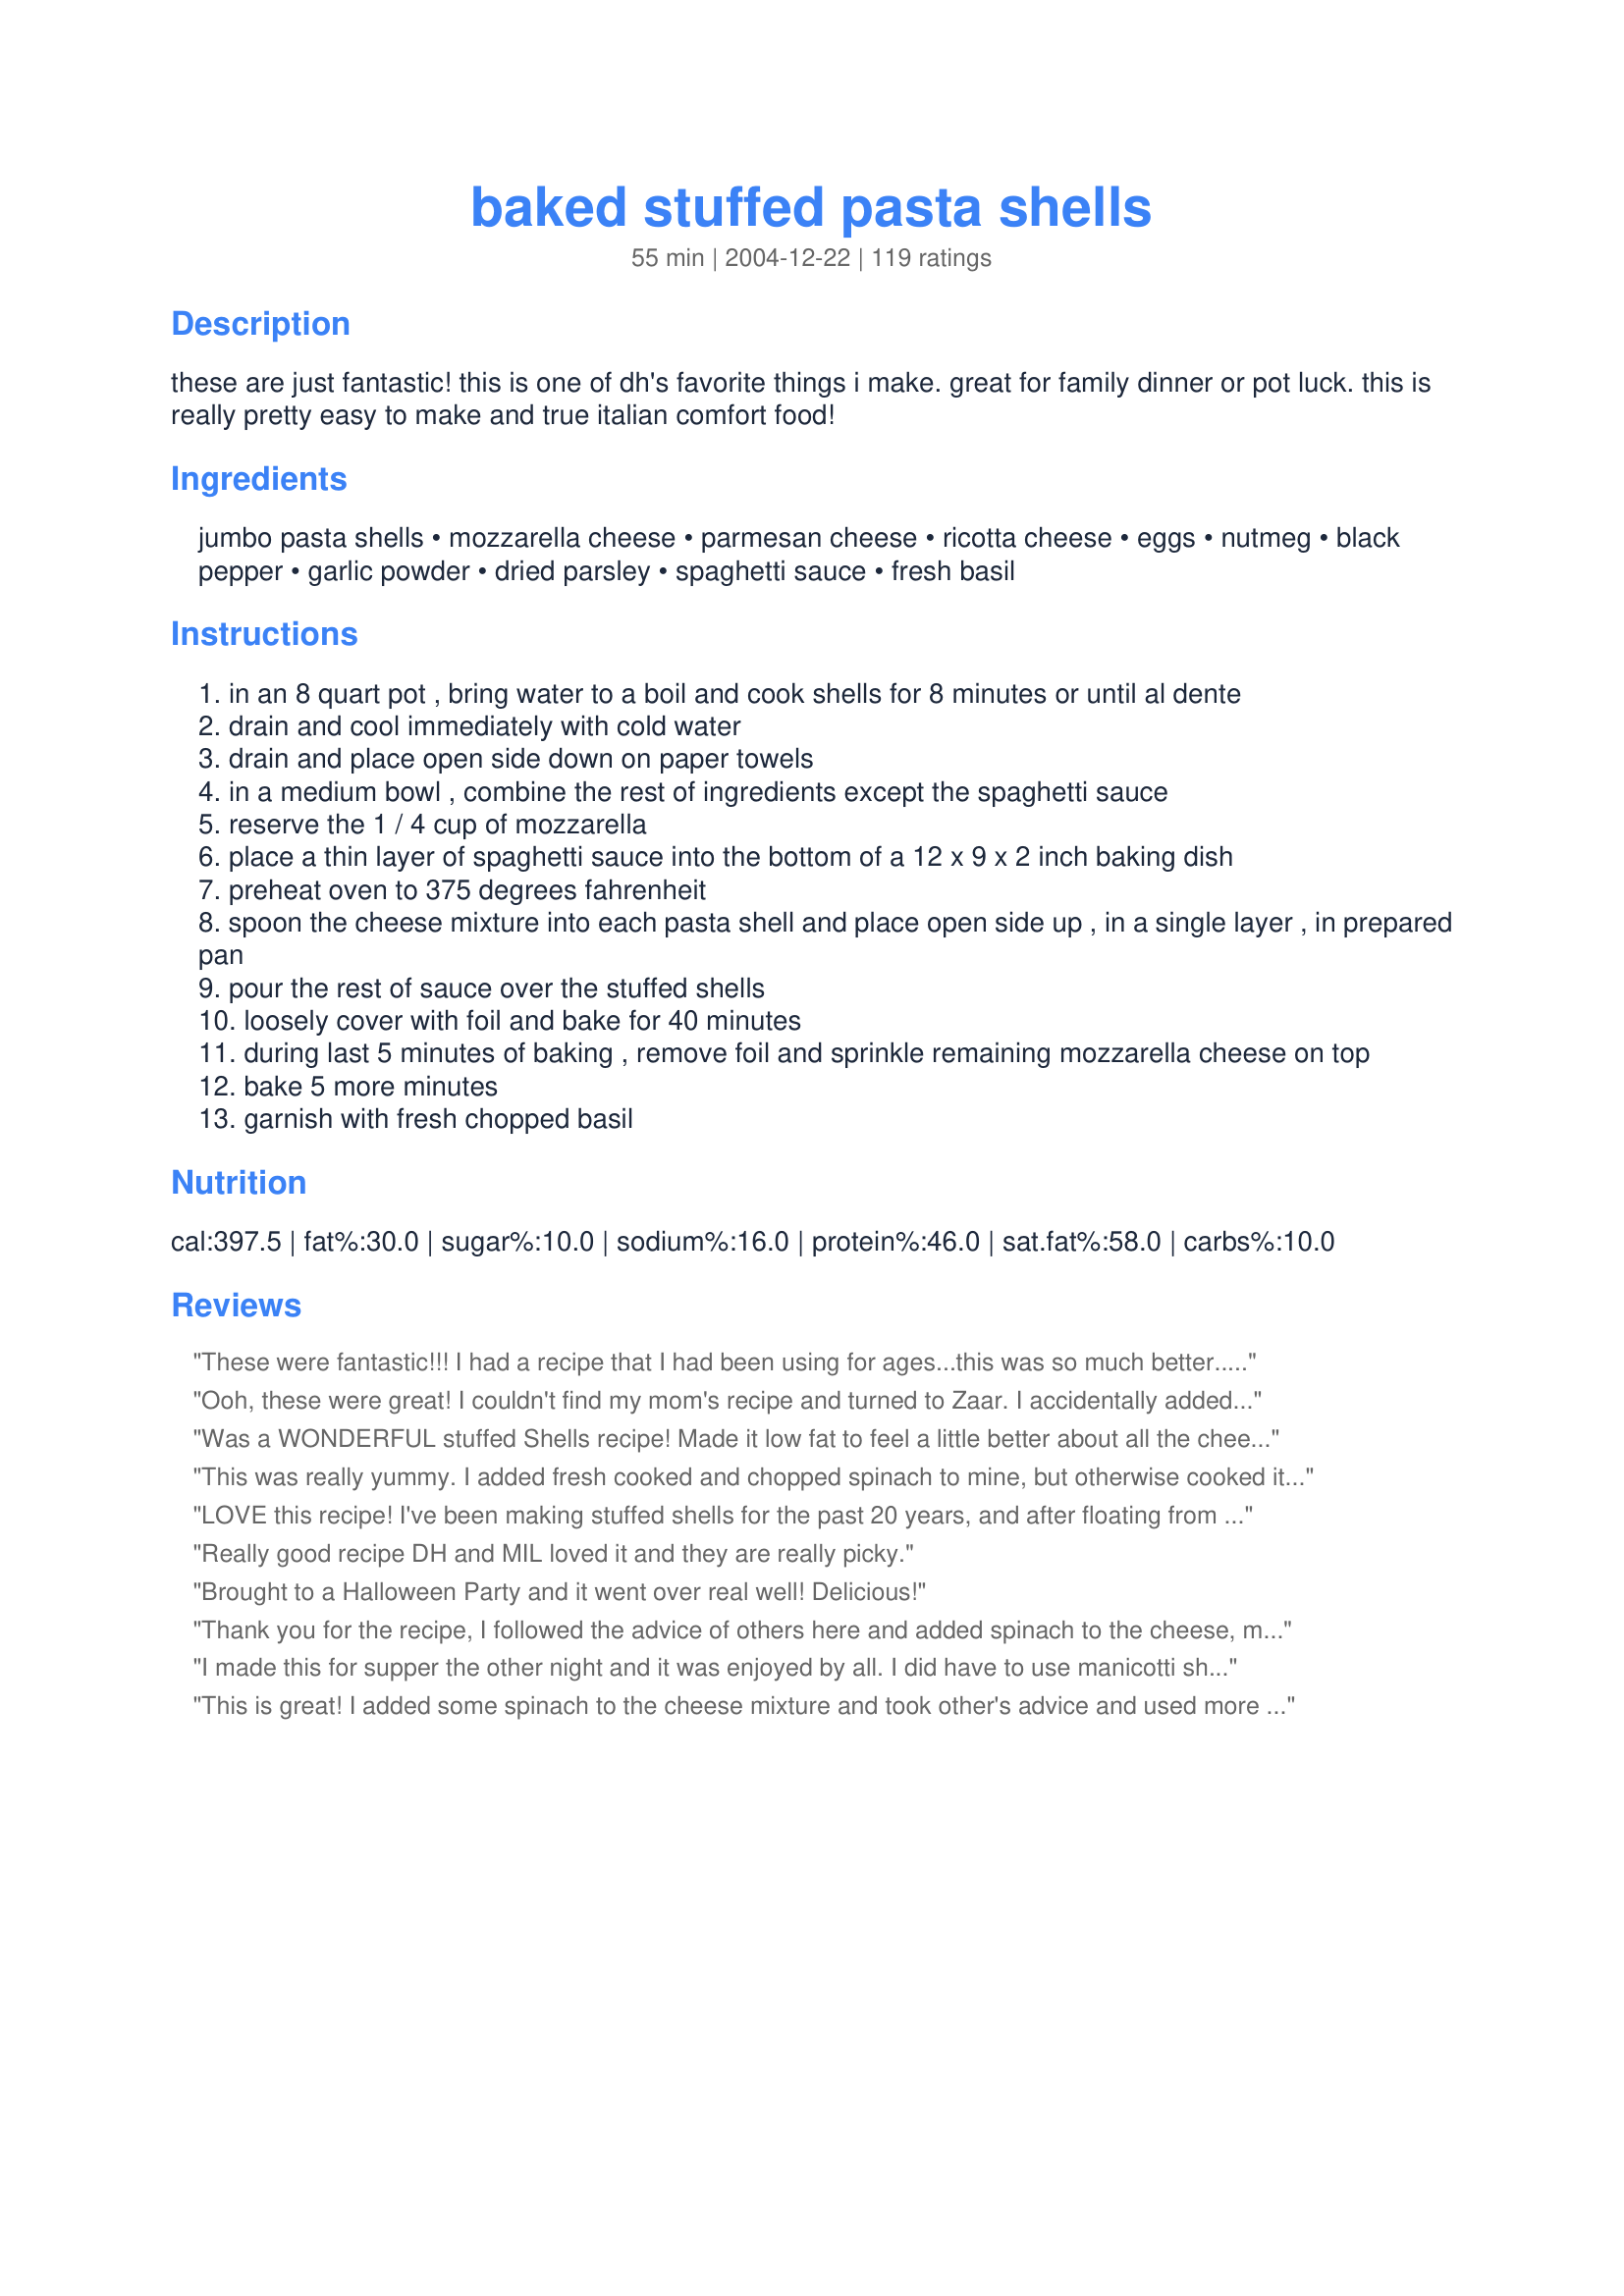
baked stuffed pasta shells
Preparation time: 55 minutes

these are just fantastic! this is one of dh's favorite things i make. great for family dinner or pot luck. this is really pretty easy to make and true italian comfort food!

Ingredients:
jumbo pasta shells, mozzarella cheese, parmesan cheese, ricotta cheese, eggs, nutmeg, black pepper, garlic powder, dried parsley, spaghetti sauce, fresh basil

Steps:
in an 8 quart pot , bring water to a boil and cook shells for 8 minutes or until al dente
drain and cool immediately with cold water
drain and place open side down on paper towels
in a medium bowl , combine the rest of ingredients except the spaghetti sauce
reserve the 1 / 4 cup of mozzarella
place a thin layer of spaghetti sauce into the bottom of a 12 x 9 x 2 inch baking dish
preheat oven to 375 degrees fahrenheit
spoon the cheese mixture into each pasta shell and place open side up , in a single layer , in prepared pan
pour the rest of sauce over the stuffed shells
loosely cover with foil and bake for 40 minutes
during last 5 minutes of baking , remove foil and sprinkle remaining mozzarella cheese on top
bake 5 more minutes
garnish with fresh chopped basil

Reviews:
These were fantastic!!! I had a recipe that I had been using for ages...this was so much better...
the cheese was so creamy...and
very easily put together...I also added extra fresh garlic into the cheese mixture as mentioned by one of the reviewers...the family really enjoyed them...thanks so much...we loved them!!!
Ooh, these were great! I couldn't find my mom's recipe and turned to Zaar. I accidentally added all the mozzerella with the ricotta/parmesan, and I'm not sure if that's why, but the cheese filling in these set up better than I'm used to! No slopping all over the plate when the shell is cut. I loved them, and will make them frequently. Thanks for sharing!!
Was a WONDERFUL stuffed Shells recipe! Made it low fat to feel a little better about all the cheese :)Halved the recipe - except for the ricotta cheese (used 15 ounces) Used Fat Free Mozzarrella and Low Fat Ricotta Cheese. Also because we like a lot of sauce used a 28 ounce can of sauce seasoned with a little garlic powder and pepper. Was VERY yummy- especially for a low fat version of stuffed shells!!! A definite make again! Thank you!
This was really yummy. I added fresh cooked and chopped spinach to mine, but otherwise cooked it as stated in the recipe. I used a large ziploc bag with the corner cut off to squeeze the filling into each shell. This presented beautifully and was hard to stop eating them. They are even very good as leftovers. Thanks for sharing!!
LOVE this recipe! I've been making stuffed shells for the past 20 years, and after floating from one recipe to the next, I've "hit a home run" and found a staple, says my husband. The consistency of the cheese filling is really what does it for me. Too many times in the past, shells come out soupy or too heavy/rich/creamy. The only changes I made: adding real garlic (3 tsp. crushed), a pinch of nutmeg, and 2 cups of mozzarella in the mix with another 2 cups on top. Thanks for this fab recipe!
Really good recipe DH and MIL loved it and they are really picky.
Brought to a Halloween Party and it went over real well! Delicious!
Thank you for the recipe, I followed the advice of others here and added spinach to the cheese, more sauce & garlic. .~*^YUM^*~..~*^MY^*~..
I made this for supper the other night and it was enjoyed by all. I did have to use manicotti shells as my local grocery didn't carry the large shells. I will look elsewhere for next time but it didn't change the flavor any. I did all a 1/2 lb. of hamburger to the sauce for added flavor, but otherwise followed your recipe. I served this with garlic bread and a salad, delicious meal. Thank you for sharing this with us.
This is great! I added some spinach to the cheese mixture and took other's advice and used more pasta sauce. I actually used a 26 oz jar that was the perfect amount! I just used 3 eggs in this also. I served it for dinner with crusty Italian bread with olive oil dip. Thanks for the recipe!!!
Really yummy dish that I enjoyed making for me and my DH. We both loved it and will have it again sometime!
4 out of 5 stars for our house! I used my own spaghetti sauce recipe and it's a keeper. I got three thumbs up and one thumbs down from the hubby (but he doesn't like pasta or ricotta cheese). I left the garlic powder out, other than that I followed the recipe and it turned out great! Thanks for posting!
Delicious recipe. My very picky step-son really likes this recipe. When we were out to eat one night he got stuffed shells and he said "Yours are better." Whoohoo! Thanks for posting.
I made this tonight and it was AWSOME!!! My husband loved this!!! My kids loved this!! This recipe is a keeper!! It taste like I ordered it from a restaurant!! Thank you so much for sharing this!!
A very good recipe.<br/>I did replace 1 lb of the ricotta for 1 lb of browned italian sausage. My girlfriend is a big meat lover and it was just the right amount of meat without over-powering the rest of the stuffing.<br/><br/>The seasoning for the stuffing is great though and really blended well. Just the right amount of garlic and pepper along with the three cheeses, good porportions. I wouldn't add salt myself, since you get that in the cheeses.<br/>(Note: I only had extra large eggs so I had to use 3 of them instead of four and it worked fine)<br/>Nice and simple instructions to follow as well.<br/><br/>If you want to have big helpings to serve to people as well as make it easier to stuff the noodles, Manicotti instead of shells works great.
This was a big hit for our family! We used a little bit of diced spinach instead of parsley and it was great. (The only way my family will eat spinach)
These were easy enough and hubby loved 'em! I would add more (real) garlic next time to the cheeses, but other than that a fantastic Italiano feast! I made garlic breadsticks to serve alongside to dip into the sauce, thanks Little Bee, it's a keeper!
Good recipe! Next time I will be adding more sauce and I think I might add some pepperoni or some type of meat. Thanks Little Bee!
I think this recipe is AWESOME, with just a couple minor modifications (which is why I gave a 4 instead of 5).

1--I used 10 oz of shredded mozz cheese rather than measuring in cups, which seems arbitrary to me. This amount was perfect.

2--4 large eggs was way too much. My husband said it was almost like eating scrambled eggs & I agree. Next time I will use 2 large eggs.

3--8 oz spaghetti sauce was way too little. I used 26 oz of chunky homemade sauce and it was perfect.

4--salt & pepper is a must in every recipe. I used 1 tsp salt. Maybe not needed if using jarred sauce, but the cheese filling is not salted otherwise. 1 tsp of pepper seems excessive; I used maybe 1/2 tsp of fresh ground.

I really liked that the amount of cheese mixture filled the shells perfectly, and the filled shells filled the pan perfectly. And the taste was spectacular!
Excellent. I prepared this for dinner tonight, winging it a bit on amounts and ingredients at hand and my kids LOVED it. So did I. I'll be making this often. Thanks very much!
This is a 5 star recipe for sure! I made my own sauce and I added some crumbled italian sausage to the filling. And I used fresh garlic instead of the powder. Even the kids loved it! Thanks for sharing. :o)
Nice recipe and all shells were filled with no leftover filling. But my 12oz. jumbo shells equalled 42 and I ended up with two trays. Also I used about 5x more sauce. Great recipe which can be used as a base for many configurations.
These were very good, but I think a little more spice would have made them tastier for us. Possibly some Italian seasoning and some wine in the spaghetti sauce would help. I will experiment and make it just right for us! Thanking you!
Fantastic recipe! It make A TON of pasta, had to get out a second dish to get it all in the oven! I used about 4 times more sauce than the recipe called for, but that&#039;s just personal preference. A pipping bag made filling the pasta very easy and quick,
This recipe is nearly the same as what we have used for the last 25 years in our restaurant. The minor differences are we use 2 eggs and 2 egg yolks, we add a pinch of nutmeg and we use our own meat based sauce...other than that this is identical. Since it is one of the dishes that is most popular, we make this in 20 lb batches of filling. We also do this same recipe with spinach and with spinach and sausage. We use browned hot Italian sausage and squeezed cooked spinach and add a little of each to the filling but the original Cheese only is still the most popular.
Needed more flavor
Great! Easy to make, impressed my guests! I've made this many times. I like to add spinach too, and use some cottage cheese as a cheaper and lower fat alternative.
This were delicous!!!Everyone loved them.I used home made spaghetti sauce and the rest as stated.Thanks for the recipe will do again.
I'll also give this 4 stars because, although it tasted great, I made a few modifications based on other reviews. I used about 2.5 cups of mozzarella in the filling. I also used 2 eggs plus 2 yolks instead of 4 full eggs. I ended up filling all of the shells from the full box, but only made about 2/3 of them. For that two thirds, I used closer to a cup of mozzarella on the top and I used nearly the entire jar of sauce (I maybe had a spoon or two left in the jar). And i used a pinch of nutmeg, as someone else suggested, though i dont know how necessary that was. For the remainder of the shells, I put them on a cookie sheet and stuck them in the freezer - I'll be able to pull them out whenever I want, add some suce and stick them in the oven for a quick dinner. All in all, I'll definitely make this again - thank you for the recipe!
Easy, tasty, and enjoyed by everyone. I liked the filling a lot. Not at all pasty, like some fillings I've had. I ate more than I should have!
This is a great recipe. I even added mascarpone cheese to the mix and it adds a nice tang. My kids had never had stuffed shells and are now asking for it every night.
Oh boy were these good!!! I made them with my vegetarian sister last night and served them with steamed broccoli, garlic bread, and red wine. I thought I died and went to heaven!! Here are my notes: We had more filling then shells so after topping the shells with sauce (we used a big whole jar) I dalopped the filling in clumps on top. We also substituted the mozzerella with provel (not provelone, it's a st. louis thing) and it was AMAZING!!!
Fantastic! My new stuffed shells recipe to eclipse all others. It made enough stuffing for many more than 12 oz. shells.
this pasta dish was amazing! i made it for two of my friends (one of which doesn't even like cheese), and we all loved it!
A great recipe! BF agreed that this deserved 5 stars, even with the low-fat adjustments I made (part skim mozzarella and low fat ricotta). Instead of the dried parsley I used Italian seasonings and omitted the fresh basil. I thought the stuffing to pasta ratio was perfect (BTW I halved the recipe). The only thing that made me a bit nervous was whether there was sufficient cooking time to set the eggs. I hate undercooked eggs. I cooked it a little longer for that reason. It seemed to come out okay. It was definitely Italian comfort food:D
WHAT A DELICIOUS BASIC RECIPE! You can alter this recipe basically any way that you'd like, to fit whatever mood you are in. I added spinach and basil to the ricotta stuffing, and made the "sauce" super meaty since we don't really care for too much. 8 oz of sauce is DEFINITELY not enough- I made 28oz and it was just right.
I made these for my hard to please grandparents and they loved it. I just had to do some tweaking by adding ground beef and some extra herbs. Cutting the edge off of a zip-block bag and puring the mix in the shells really made a difference. I would definitely make again :)
Yummy! Made this tonight as a "trial run" for a dinner party I am having this weekend! It is super! I used my Pampered Chef cookie scoop to fill the shells with the cheese filling, and that saved a ton of time! My shells took longer to cook than 8 min. Thanks! I hope my company will be impressed!
Wonderful! Made for my boyfriend and two other friends. They thought I had bought them at the store and cooked them and were impressed with how good they turned out. The only thing is that I would use more sauce for the next time. Thank you for this easy and great recipe.
Oh my gosh! We loved it! I did mix 1/2 and 1/2 with ricotta and cottage cheese. Next time I will use all ricotta because it was a little wet for my taste...But...that being said. The flavor is great!
Wow! Really great! I used a disposable pastry bag and a #12 tip to fill the shells - which made the job so much easier than trying to stuff the shells with a spoon! I had fresh basil and oregano in the garden so I snipped those into the cheese mixture to add flavor. Thanks for sharing Little Bee!
These were amazing. We really loved them. I made one small change though, I used half cottage cheese and half ricotta, just because we sometimes find too much ricotta a little strong. I think that next time I will try all ricotta, just to see the difference. They will definately become a regular meal in our house. Everyone thought they were great. Thanks.
I've made this recipe several times, and we love it! I served it to company once, and everyone had second helpings. It's easier and faster to make than lasagna, but similar in taste. Thanks!
Little Bee, This is a wonderful recipe and I've been making this for many years. My recipe calls for a tiny bit of nutmeg. I also add a little more mozzarella to the mixture and tend to get a little heavy handed with the sauce but thats me. I'm a tough critic for anything Italian, but I would encourage anyone to give this recipe a try.
Very nice meal, but would definitely add more garlic next time!
These are really great! I've never made stuffed shells before, but I followed the recipe and some of the tips and tricks from the reviewers and they turned out great! My Italian/American loving boyfriend said they were restaurant quality.
This is very good. I used cottage cheese, a crushed clove of garlic and homemade tomato sauce.
This was very yummy. The 2nd time I made it, I added extra sauce & used a meat sauce instead which was preference only. Great dish and great served with breadsticks.
My Husband loves stuffed shells , and we don't want to go to a Restaurant . So I found this recipe and I will make a these while he isn't home and give some to my maim taster and see if she likes it . If so then I will make them again when my Husband is home and I hope he really likes them . Anyone made them and tell me if they are good and easy to make too
These were really good. The filling didn't have much flavor. This was really easy to make.
Q567890- \][POIUT] ' p32
Made this tonight.........OMG my kid was stealing it from my plate. I used Spicy Red Pepper Classico spag sauce since we like the spice! TY BEE!!!!
This was delicious - great recipe! I halved it & it was perfect. I made my own tomato/pasta sauce, but the cheese filling for the shells turned out just how I hoped it would - delicate/light and moist (not iffy at all, as some have commented on this/similar recipes). I will make this again...it looks a little fancier than many pasta recipe; looks like it's more effort than it really is. Thanks for the great recipe.
Fantastic recipe. I've made it a dozen times and always get compliments. Definitely a favorite meal at my house!
Wonderful recipe. I tweaked a bit, by adding 2 teaspoons of black pepper and 2 teaspoons of garlic powder. The extra spice works nicely with the cheese. Thank you for this great recipe!
Made this exactly as written. Added spicy italian sausage and mushroom as additional fillers. I loved it, my boyfriend loved it. Very good! Definitely would make again. Need more sauce and more pans than listed. Try it with alfredo sauce too!
Very yummy and easy to make! My hubby and I loved it! Thank-you!
Can't believe I forgot to rate this. I've made it twice now, and both times I had to use different ingredients. The first time was by far the better meal. I took other reviewer suggestions and used 2 eggs, and 2 jars of spaghetti sauce. I like one of those "chunky" garden sauces. I also used part skim ricotta. 2nd time around I had to use a different ricotta (whole) and a different sauce and brand of noodles and I didn't like it as much
This dish is tasty! I used more sauce than it called for but still very good.
You're not kidding..these are fantastic. Doubled the recipe for a large Christmas gathering. Everyone raved, none were left. Thanks for posting!! Alan
Easy and everyone enjoyed them very much. Makes many meals and keeps well in the fridge for reheating in the microwave when you're in a rush. Great stuff little bee!
I altered the recipe by using fresh rather then dried parsley, and I kept out the fresh basil.
OMGosh this recipe was AMAZING!!
I cut the recipe in half since I was only cooking for myself. I actually had leftover ricotta mix (ric,moz, parm, eggs+ seasoning) so I froze the rest and plan to use it the next time i make it again. Next I want to use the ricotta mix when preparing lasagna because I really enjoyed the flavor.
These turned out great. Very simple recipe. I made a pie plate full of these for my husband and I and another for my parents. I even froze another 10 to be used at a later time. My husband had 2nds...and 3rds! (not typical!) I took the suggestion from another review and put the ricotta filling in a pastry bag for easy filling. It made it so easy. Great recipe!! Will make often!
Excellent recipe! Awesome taste and easy to follow. Thanks!
I have been searching for a good stuffed shells recipe to try. I like how this recipe doesn't require that the shells rest in a casserole dish full of sauce. This recipe takes just the right amount of ingredients, specifically the sauce and the way the shells are placed in the dish.
So good! I made my own sauce (basically home grown tomatoes and garlic with basil). The more sauce the better. This made one 12x9 and one 8x8 pan for me, so we had lots leftover--which was great! Will definitely make again!
I thought these were good. I had a small bag of fresh baby spinach which I needed to use and chopped it in the food processor and added to the cheese mixture. This is a good meatless dish.
Takes a little while to make but it goes together smoothly and the end result is delicious!
I Would recommend using half as much pasta. Maybe I overstuffed them, but I ended up with at least half a box of wasted pasta because I cooked it all. Other than that, the recipe was easy to follow and came out great!
Very Tasty!! Next time I'm going to add some Italian sausage to the sauce. I really liked it and will make it again. The only change that I made was fresh garlic and basil added to the cheese mixture.
Oh this was DELICIOUS! I had to do a little modifying though. I only had 3 cups of ricotta cheese, so I cut back on all the spices just a tad, only used two eggs, and also added a little salt to the cheese mixture. I aslo added a bit more sauce on the top. I am extremely happy with this recipe and will be using it again and again!
This was pretty good! I added a little extra garlic and some spinach to some of them and I thought it could have used some other spices maybe. Fairly easy and good, though!
Due to limited time and ingredients, I had to make some changes, but the end result was fantastic anyway! For the cheese mix, I used 2 cups of 5-cheese shredded blend, 1 container of ricotta (low fat), and did my own mix of seasonings, then added some pasta cooking water to thin the cheese mixture out, a trick from another shell recipe I've used. The resulting mix was only enough to fill about 8 ounces of shells. Finally, I used a whole jar of pasta sauce, and definitely felt like this was the right decision. It was great... much, much better than any shell recipes I have used before. Thanks, Little Bee!
These were really great!! I added about 5 or 6 Italian sausage links, removed from their casings and browned, to the ricotta mixture and used The Silver Palate tomato basil sauce to top these with. I also added a little extra shredded mozzarella on top. Everyone loved them and they freeze really well too. Thanks for posting this yummy recipe!
I absolutely love this recipe, and so does everyone else that I make it for. I am, in general, a pretty terrible cook, but this recipe is simple and delicious enough to hide that fact. Like most of the other reviews say, I double the amount of sauce required because one jar just isn&#039;t enough. Usually one jar on top and one to layer the bottom. Also, like someone else suggested, I use a bag in order to put the filling into the shells. It makes it so much easier than using a spoon. A ziploc bag works just fine, but make sure that it&#039;s a large one that zips closed, otherwise there&#039;s a good chance that it will spill out and go everywhere. Also, since my fiance loves cheese, I usually add a lot more mozzarella cheese on top. Adding cooked spicy crumbled sausage to the sauce also works tremendously with this recipe. It&#039;s fun to experiment with. I definitely recommend this recipe to anyone looking for a delicious meal.
Excellent recipe. I was a bit intimidated about stuffing shells, but this was very easy. I used jarred spaghetti sauce but will use homemade next time. Thanks for posting.
These were great! I followed the recipe exactly and everyone loved them. It made A LOT!! Will definitely be making these again. Thanks!
Absolutely wonderful meal! I cut the recipe in half, added spicy Italian sausage, extra mozzarella, and Newman's Own Cabernet Marinara Sauce. Paired with a nice red wine. Thank you for sharing the recipe - I will make this again and again!
I used this recipe somewhat loosely to make stuffed pasta shells with my homemade ricotta cheese and homemade tomato sauce. In the stuffing mixture, I used fresh garlic and fresh parsley, and along with the parmesan cheese, I used a shredded cheddar/jack blend since I didn't have mozzarella. It came out very good, especially with the fresh garlic. For the sauce I used tomato puree liberally seasoned with fresh garlic, salt, extra virgin olive oil, a tiny bit of sugar, and leftover pasta water. It was full of garlicky goodness and perfectly complimented the stuffed shells. I gave the recipe 4 stars instead of 5 because it called for dried spices instead of fresh, and gave the option to use bottled pasta sauce instead of having its own recipe.
I made this dinner for my wife while she was at work, and I even made a double batch to give to my in-laws. My wife absolutely loved it, and so did I !! I made my own sauce with italian sausage and wild mushrooms. In my opinion, it is far better than any stuffed shells I've tried in restauraunts. Thanks for the recipe :)
Thanks for the recipe Little Bee! These tasted really yummy! I think next time I will use a little more sauce. Eight ounces just didn't seem like quite enough for us. Very easy to put together!!!
We really enjoyed this tasty recipe. I used homemade marinara sauce and canneloni pasta instead of pasta shells (didn't have any)which I stuffed with your filling. It worked really well, the canneloni tasted wonderful and were light and fluffy. I can't wait to make this again but with the shells. Thanks for sharing your versatile recipe Little Bee.
So good! I made this for a dinner party and everyone loved it! Helps that we're all university students who don't get this kind of delicious homecooked meal very often.
I was so surprised at how easy this was!
These are fabulous and so easy! Thank you!
Made exactly as written!
Yummy! I made a few changes:
added cooked italian sausage
added baby spinach + nutmeg
omitted parsley (didn't have it)
used more sauce
otherwise made as written - everyone gobbled it up!
I have now made this recipe three times, and gotten raves each time. I stick to the recipe, except I use a lot more spaghetti sauce than called for. So glad I found this recipe.
Basically a really good recipe. I have only had success with it. I make 1/2 recipe of the cheese filling and mix with diced, salted eggplant. Makes a great stuffing for the shells. Probably would cook even longer, 45 mins to an hour, with 10 more minutes to melt the cheese topping. Also would probably be good with meat but I happen to be cooking for vegetarians.
These shells were so good! It took longer to prepare than I thought, but the taste was worth it!
Wow! I made this tonight for my husband and I and we loved it. I used low fat ricotta and low fat cottage cheese 1lb each and threw in some sauteed ground turkey and peppers and onions with the sauce. It turned out great. We really like it. It is definitely a keeper and one we will use again!
Delicious! I made it exactly as written except that, like others before me, I needed more sauce. This was just perfect for our Valentine's Day dinner! Thank you!
Wonderful recipe..Made these for neighbor's who just had a baby. Couldn't have been any easier. Will make again..Thanks for posting!
Sooooooo good! My hubby said. It&#039;s the best meal I have made to date. They tasted like restaraunts quality....even better! Can&#039;t wait to make them again!
This was so good! I used extra sauce and added a little extra cheese. This is a keeper!
Very delicious is an understatement! I just made some minor adjustments like adding spinach and used fresh garlic and parsley. People have asked for me to share the recipe! Love it, thanks!!
this recipe is almost the same as my mom's except we use two tablespoons of fresh chopped parsley and a cup of chopped cooked spinach in it to give it all the colors of the Italian flag. The parsley adds a touch of freshness which the dried parsley cannot. Mom also grated a teaspoon of nutmeg into the filling. Dunno why but in so many white things like white sauce she always added some nutmeg.
We loved these! The only thing I did differently was I used 1/2 the ricotta cheese and the other 1/2 I used cottage cheese just for preference.
This was YUM!!!! I had to cook dinner for the inlaws and let hubby choose which pasta to make. Thank goodness he chose this one!!! I prepared it in advance, half cooked it and then finished cooking it when it was needed. Inlaws went for second and MIL went in with bread in hand to scoop out the sauce that was left over!! Never seen that before so I am filing this under Five Star Perfection!! Thanks so much!
Yummy!! We made this last week and loved it. Making it again tonight. This time we cooked up some hamburg and crumbled it over the top of the shells, then topped with sauce. Haven't tried it yet, but wanted to thank you for the recipe.
My husband and I both loved this. I ended up using more sauce than what was stated. Our company also loved it and was very happy with the leftovers I sent home with them.
Great pasta dish! I added a package of well-drained chopped spinach to the cheese mixture and my boyfriend and I loved it! I also used fresh, chopped garlic instead of the powder and ended up needing more than double the sauce called for to cover the shells. We like some sauce with our meals to dip bread in. This is easy and yummy!
We really enjoyed this recipe. Great flavor and texture. Thanks Little Bee.
I used Hunts low sugar sauce and DS and DD had seconds! This will be eaten many times now that I have it! Thanks for sharing!
FANTASTIC!! This is the best pasta dish I have ever had or made. I used 1 lb. cottage cheese to replace one of the lbs. of ricotta the recipe calls for (because that's what I had on hand) and it turned out amazing. I also used leftover shredded cheddar cheese and this again didn't seem to alter the recipe. This definitely serves 10 people generous portions. Thanks Little Bee! Great recipe!
My family loves pasta and they really loved this one! I used my homemade sauce and followed the directions otherwise. Good basic recipe with ingredients you can add or omit, depending on your particular tastes. Thanks!
OMG YUM!!
This is a winning 5 star plus recipe for me...just wonderful! I used reduced fat ricotta and mozzarella added about 2 cups chopped baby spinach and doubled the sauce (otherwise made as directed) served with a side salad drizzled with balsamic dressing and garlic bread. Mmmm.
Perfect for company or that special family dinner.
Thanks for sharing :)
This wasn't bad, I think the cook time is too long. I would cut it shorter maybe by 10 minutes. It was a really easy recipe and I would make again. Thanks!
Made 2 batches. Everyone loved it for dinner and again for breakfast!
Good basic shell recipe. Thanks for posting.
This is a great recipe! Next time, I'm going to try using uncooked manicotti shells (easier to stuff) and a home made roasted vegetable spagetti sauce. Would not change anything else though!
I used a cabernet sauce and it turned out wonderful! I used fresh garlic like many of the other reviewers and it was great! Thank you for sharing!
I've made studded shells for years but I think there are a lot of variations you can use. I have used cream cheese and cottage cheese and sharp cheddar. I never used eggs. And for non vegetarian I use browned ground turkey.
AWESOME DISH!! I doubled the sauce and added meat to it. Whole family loved it!
These were simply amazing, and this is coming from a person who doesn't like ricotta cheese! I only slightly modifed the recipe (2 eggs, 2 tsp garlic powder, 1 Tbsp fresh minced garlic, 1 tsp crushed red pepper flakes, 2 bottles spaghetti sauce). The results could not have been better. This recipe is a keeper and I can't wait to make them again!
we loved these so much, once you get on the go of stuffing it takes no time, I made 2 12 oz boxes which made around 55 shells or one 13x9 pan and a 9x7 pan extra. Might need slightly more sauce if you want them juicier though.
I made this dish for the first time; my company loved it. I halved the parmesan for personal tastes, and used 1/2 ricotta, 1/2 cottage cheese to reduce the fat. I agree that more sauce is better; I mixed 3/4 lb. browned ground turkey with 26oz. spaghetti sauce and used all of it. I couldn't get all the shells in a 9x13 so I froze a small panful as well! I have a homemade spaghetti seasoning mix, and I added that to the jarred sauce too. Delicious! Thanks for sharing!
This was delicious. Simple to make and a definite crowd pleaser!
This was easy to put together.Great pasta dish. Thanks for posting!
This was delicious!!! Such a nice meal... so excited to make this again!
